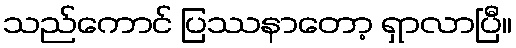
သည်ကောင် ပြဿနာတော့ ရှာလာပြီ။